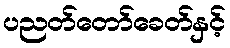
ပညတ်တော်ခေတ်နှင့်